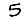
Digit: 5